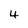
Character: 4